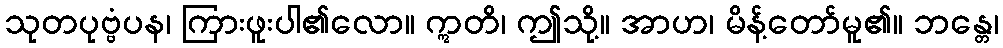
သုတပုဗ္ဗံပန၊ ကြားဖူးပါ၏လော။ ဣတိ၊ ဤသို့။ အာဟ၊ မိန့်တော်မူ၏။ ဘန္တေ၊